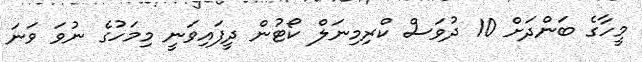
މީހާގެ ބަންދަށް 10 ދުވަސް ކްރިމިނަލް ކޯޓުން ދީފައިވަނީ މިމަހުގެ ނުވަ ވަނަ